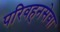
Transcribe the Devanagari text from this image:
परिवहनसेवा